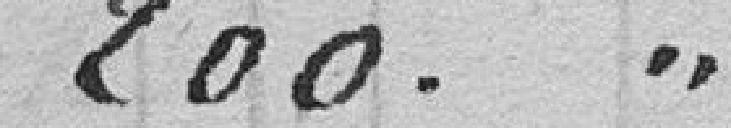
200.